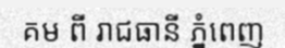
គម ពី រាជធានី ភ្នំពេញ